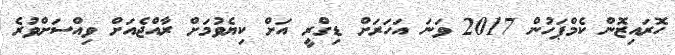
ހޮރައިޒޮން ކެމްޕަހުން 2017 ވަނަ އަހަރަށް ޑިގްރީ އަށް ކިޔެވުމަށް ރާއްޖެއަށް ވިއްސަށްވުރެ